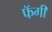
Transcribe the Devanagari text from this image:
फॅगी